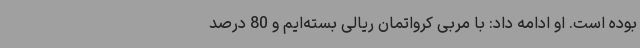
بوده است. او ادامه داد: با مربی کرواتمان ریالی بسته‌ایم و 80 درصد